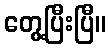
တွေ့ပြီးပြီ။